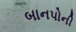
બાનપોની